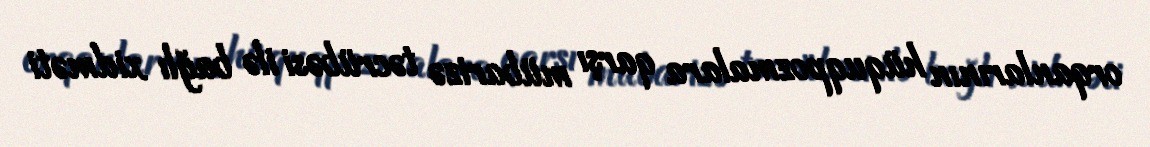
orqanlarının hüquqpozmalara qarşı mübarizə təcrübəsi ilə bağlı xidməti